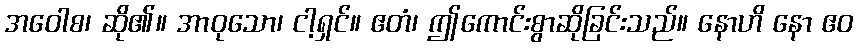
အဝေါစ၊ ဆို၏။ အာဝုသော၊ ငါ့ရှင်။ ဧတံ၊ ဤကောင်းစွာဆိုခြင်းသည်။ နောဟိ နော ဧဝ